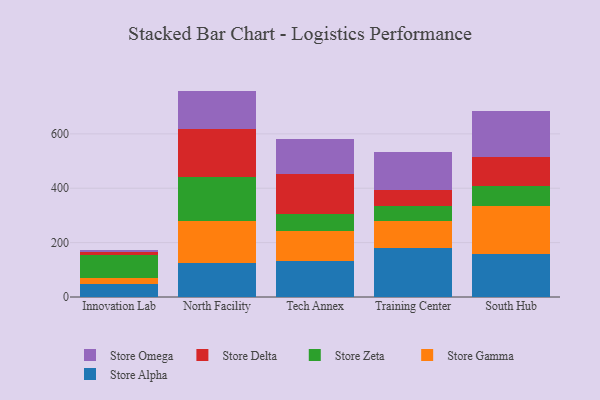
{"axis": {"x": "Campus", "y": "Customer Acquisition Cost (USD)"}, "legend": ["Store Alpha", "Store Delta", "Store Gamma", "Store Omega", "Store Zeta"], "data": [{"x": "Innovation Lab", "y": 46.7, "type": "Store Alpha"}, {"x": "Innovation Lab", "y": 22.1, "type": "Store Gamma"}, {"x": "Innovation Lab", "y": 87.0, "type": "Store Zeta"}, {"x": "Innovation Lab", "y": 8.0, "type": "Store Delta"}, {"x": "Innovation Lab", "y": 8.6, "type": "Store Omega"}, {"x": "North Facility", "y": 125.0, "type": "Store Alpha"}, {"x": "North Facility", "y": 155.8, "type": "Store Gamma"}, {"x": "North Facility", "y": 160.8, "type": "Store Zeta"}, {"x": "North Facility", "y": 176.3, "type": "Store Delta"}, {"x": "North Facility", "y": 140.3, "type": "Store Omega"}, {"x": "Tech Annex", "y": 131.8, "type": "Store Alpha"}, {"x": "Tech Annex", "y": 111.0, "type": "Store Gamma"}, {"x": "Tech Annex", "y": 63.4, "type": "Store Zeta"}, {"x": "Tech Annex", "y": 147.3, "type": "Store Delta"}, {"x": "Tech Annex", "y": 129.3, "type": "Store Omega"}, {"x": "Training Center", "y": 178.4, "type": "Store Alpha"}, {"x": "Training Center", "y": 101.9, "type": "Store Gamma"}, {"x": "Training Center", "y": 53.3, "type": "Store Zeta"}, {"x": "Training Center", "y": 58.6, "type": "Store Delta"}, {"x": "Training Center", "y": 142.6, "type": "Store Omega"}, {"x": "South Hub", "y": 157.6, "type": "Store Alpha"}, {"x": "South Hub", "y": 176.1, "type": "Store Gamma"}, {"x": "South Hub", "y": 72.9, "type": "Store Zeta"}, {"x": "South Hub", "y": 108.2, "type": "Store Delta"}, {"x": "South Hub", "y": 169.2, "type": "Store Omega"}]}